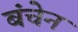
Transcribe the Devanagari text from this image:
बंचेन